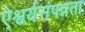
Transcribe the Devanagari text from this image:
ऐश्वर्यसंपन्नता